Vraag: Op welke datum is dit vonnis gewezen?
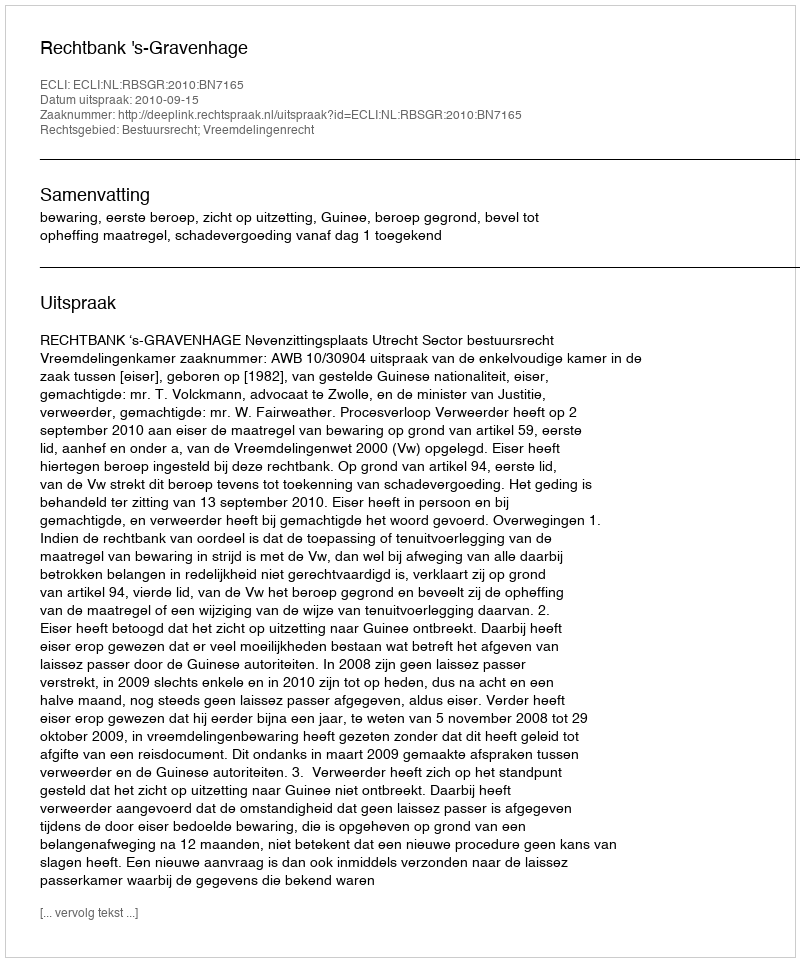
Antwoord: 2010-09-15